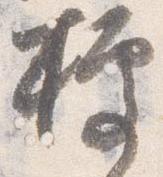
拠